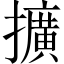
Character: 擴